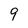
Character: 9